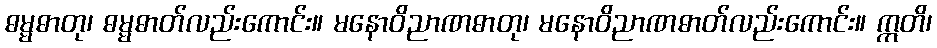
ဓမ္မဓာတု၊ ဓမ္မဓာတ်လည်းကောင်း။ မနောဝိညာဏဓာတု၊ မနောဝိညာဏဓာတ်လည်းကောင်း။ ဣတိ၊